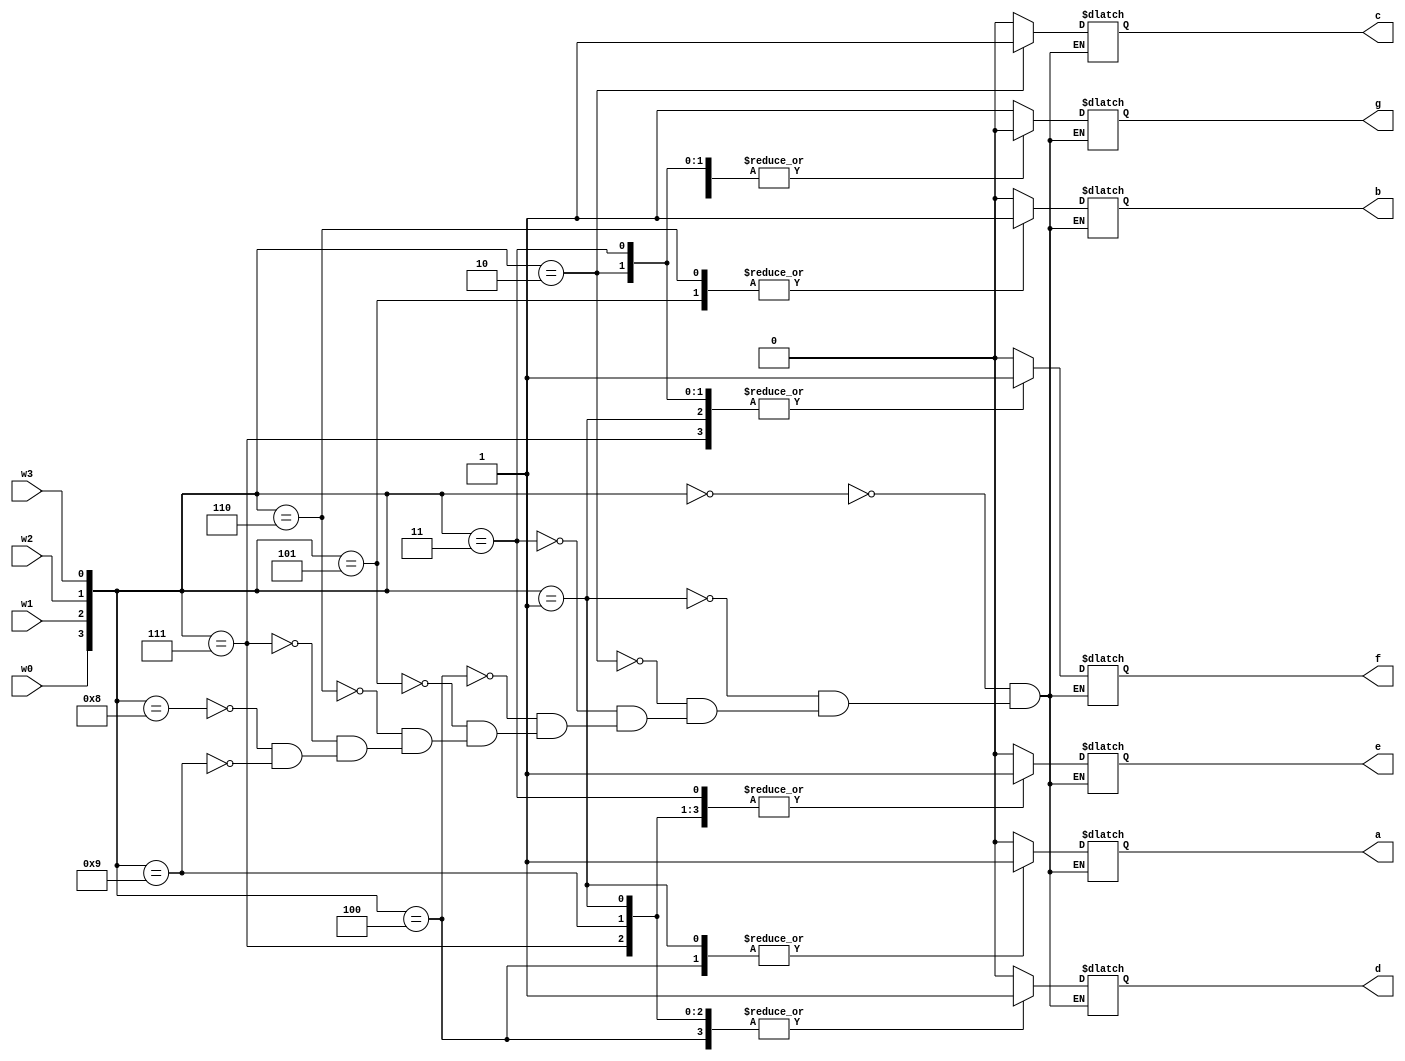
module BinaryToNine
	(
		input w0,w1,w2,w3,
		output reg a,b,c,d,e,f,g
	);
	always @ (w0,w1,w2,w3) begin
		case ({w0,w1,w2,w3})
			4'b0000: {a,b,c,d,e,f,g} = 7'b0000001; //0
			4'b0001: {a,b,c,d,e,f,g} = 7'b1001111; //1
			4'b0010: {a,b,c,d,e,f,g} = 7'b0010010; //2
			4'b0011: {a,b,c,d,e,f,g} = 7'b0000110; //3
			4'b0100: {a,b,c,d,e,f,g} = 7'b1001100; //4
			4'b0101: {a,b,c,d,e,f,g} = 7'b0100100; //5
			4'b0110: {a,b,c,d,e,f,g} = 7'b0100000; //6
			4'b0111: {a,b,c,d,e,f,g} = 7'b0001111; //7
			4'b1000: {a,b,c,d,e,f,g} = 7'b0000000; //8
			4'b1001: {a,b,c,d,e,f,g} = 7'b0001100; //9
		endcase
	end
endmodule